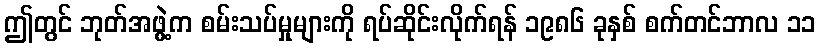
ဤတွင် ဘုတ်အဖွဲ့က စမ်းသပ်မှုများကို ရပ်ဆိုင်းလိုက်ရန် ၁၉၈၆ ခုနှစ် စက်တင်ဘာလ ၁၁